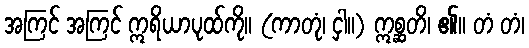
အကြင် အကြင် ဣရိယာပုထ်ကို။ (ကာတုံ၊ ငှါ။) ဣစ္ဆတိ၊ ၏။ တံ တံ၊